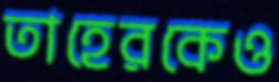
তাহেরকেও